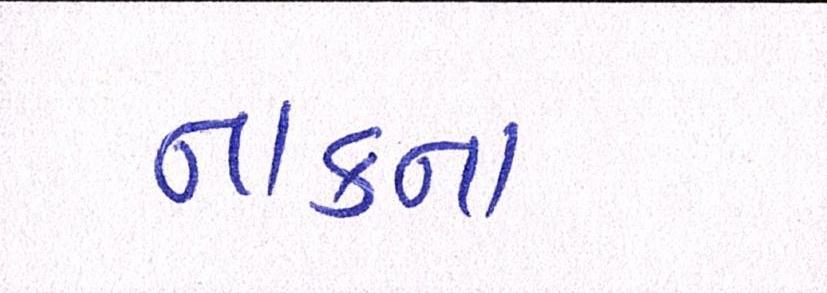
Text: નાકના